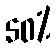
50%